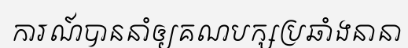
ការណ៍បាននាំឲ្យគណបក្សប្រឆាំងនានា